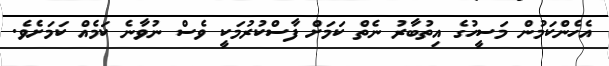
އެހެންކަމުން މަސީހުގެ އިތުބާރު ނެތް ކަމަށް ފާސްކުރުމަކީ ވެސް ނުވާނެ ކަމެއް ކަމަށެވެ.